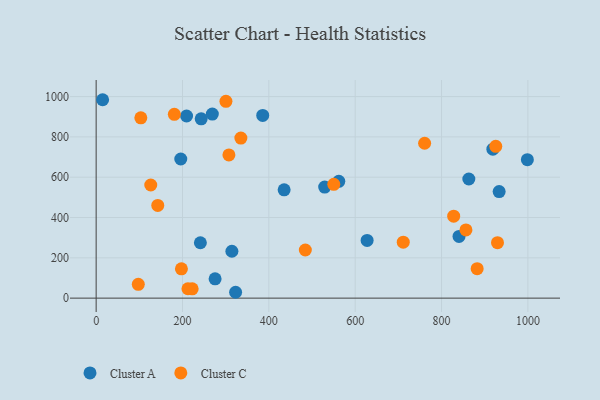
{"axis": {"x": "Engine Size", "y": "Salary"}, "legend": ["Cluster A", "Cluster C"], "data": [{"x": "529.3", "y": 551.0, "type": "Cluster A"}, {"x": "269.1", "y": 913.2, "type": "Cluster A"}, {"x": "15.0", "y": 984.4, "type": "Cluster A"}, {"x": "385.8", "y": 906.6, "type": "Cluster A"}, {"x": "840.5", "y": 306.4, "type": "Cluster A"}, {"x": "863.2", "y": 591.1, "type": "Cluster A"}, {"x": "196.0", "y": 690.4, "type": "Cluster A"}, {"x": "209.4", "y": 903.7, "type": "Cluster A"}, {"x": "562.0", "y": 579.8, "type": "Cluster A"}, {"x": "323.0", "y": 29.1, "type": "Cluster A"}, {"x": "998.8", "y": 687.2, "type": "Cluster A"}, {"x": "933.4", "y": 528.5, "type": "Cluster A"}, {"x": "241.4", "y": 274.7, "type": "Cluster A"}, {"x": "243.3", "y": 889.6, "type": "Cluster A"}, {"x": "435.4", "y": 537.5, "type": "Cluster A"}, {"x": "627.6", "y": 286.1, "type": "Cluster A"}, {"x": "275.5", "y": 95.7, "type": "Cluster A"}, {"x": "314.4", "y": 232.6, "type": "Cluster A"}, {"x": "918.9", "y": 739.0, "type": "Cluster A"}, {"x": "856.5", "y": 338.4, "type": "Cluster C"}, {"x": "550.4", "y": 564.6, "type": "Cluster C"}, {"x": "142.7", "y": 459.9, "type": "Cluster C"}, {"x": "929.6", "y": 275.0, "type": "Cluster C"}, {"x": "222.4", "y": 46.2, "type": "Cluster C"}, {"x": "711.3", "y": 277.5, "type": "Cluster C"}, {"x": "760.8", "y": 768.4, "type": "Cluster C"}, {"x": "103.5", "y": 894.7, "type": "Cluster C"}, {"x": "181.1", "y": 911.9, "type": "Cluster C"}, {"x": "212.6", "y": 46.5, "type": "Cluster C"}, {"x": "126.5", "y": 561.3, "type": "Cluster C"}, {"x": "925.6", "y": 753.0, "type": "Cluster C"}, {"x": "828.1", "y": 406.7, "type": "Cluster C"}, {"x": "307.5", "y": 710.7, "type": "Cluster C"}, {"x": "882.5", "y": 146.4, "type": "Cluster C"}, {"x": "335.2", "y": 794.2, "type": "Cluster C"}, {"x": "484.5", "y": 238.8, "type": "Cluster C"}, {"x": "97.6", "y": 68.4, "type": "Cluster C"}, {"x": "197.5", "y": 145.6, "type": "Cluster C"}, {"x": "300.6", "y": 976.4, "type": "Cluster C"}]}